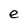
Character: e